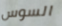
السوس